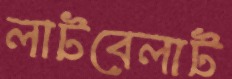
লাটবেলাট